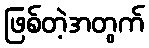
ဖြစ်တဲ့အတွက်